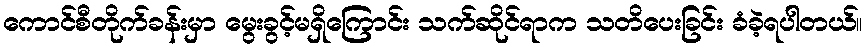
ကောင်စီတိုက်ခန်းမှာ မွေးခွင့်မရှိကြောင်း သက်ဆိုင်ရာက သတိပေးခြင်း ခံခဲ့ရပါတယ်။